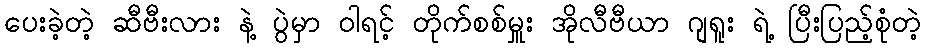
ပေးခဲ့တဲ့ ဆီဗီးလား နဲ့ ပွဲမှာ ဝါရင့် တိုက်စစ်မှူး အိုလီဗီယာ ဂျရူး ရဲ့ ပြီးပြည့်စုံတဲ့